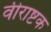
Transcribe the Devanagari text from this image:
वीराष्टक